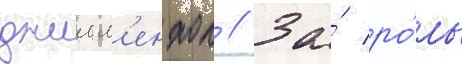
джилл'енхол // За́ ро́ль